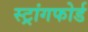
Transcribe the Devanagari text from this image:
स्ट्रांगफोर्ड